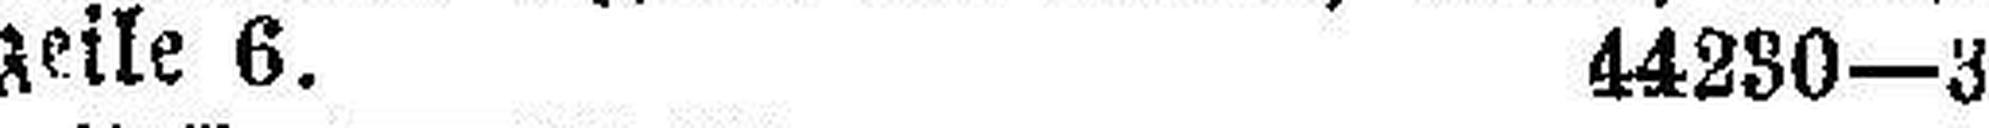
zeile 6 . 44280—3